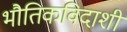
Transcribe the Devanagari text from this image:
भौतिकविदाशी